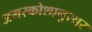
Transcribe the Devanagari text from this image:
अमरकोशानुसार